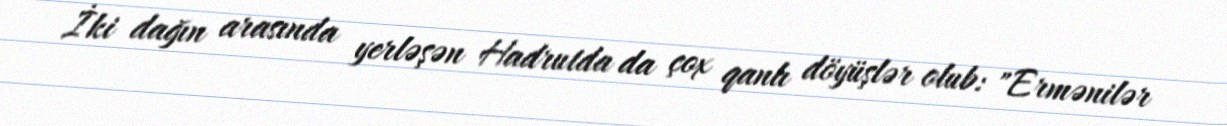
İki dağın arasında yerləşən Hadrutda da çox qanlı döyüşlər olub: "Ermənilər